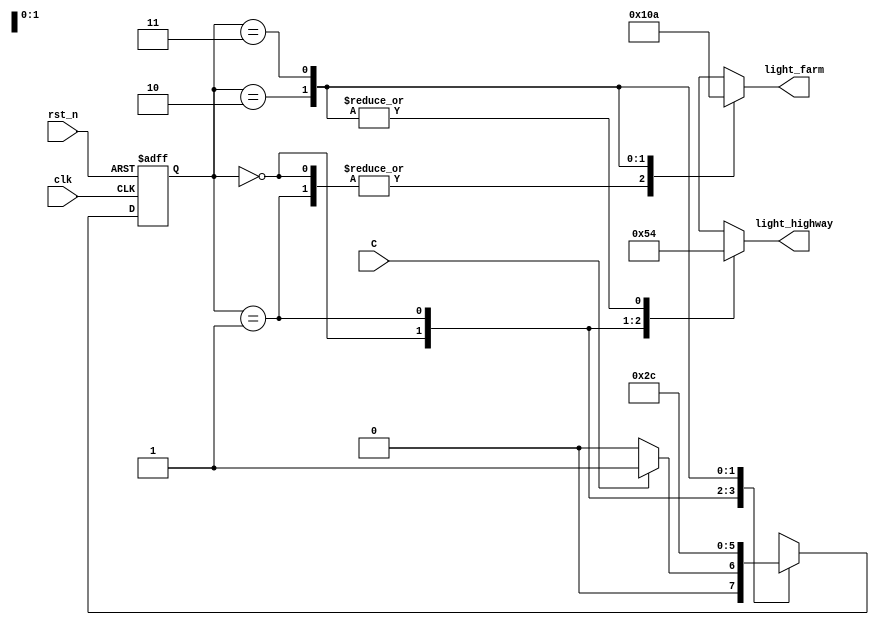
`timescale 1ns/1ps
//////////////////////////////////////////////////////////////////////////////////
// Company: 
// Engineer: 
// 
// Design Name:	   traffic_light
// Module Name:    /home/pes_tlc/pes_tlc.v 
// Project Name: 
// Target Devices: 
// Tool versions: 
// Description: 
//
// Dependencies: 
//
// Revision: 
// Revision 0.01 - File Created
// Additional Comments: 
//
//////////////////////////////////////////////////////////////////////////////////
// Verilog project: Verilog code for traffic light controller
module pes_tlc(light_highway, light_farm, C, clk, rst_n);

	parameter HGRE_FRED = 2'b00, // Highway green and farm red
		  HYEL_FRED = 2'b01,// Highway yellow and farm red
		  HRED_FGRE = 2'b10,// Highway red and farm green
		  HRED_FYEL = 2'b11;// Highway red and farm yellow
	input C, // sensor
   	clk, // clock = 50 MHz
   	rst_n; // reset active low

	output reg[2:0] light_highway, light_farm; // output of lights
	reg[1:0]  RED_count_en, YELLOW_count_en1, YELLOW_count_en2;
	reg[1:0] state, next_state;
	integer i;
// next state
	always @(posedge clk or negedge rst_n)
		begin
			if(~rst_n)
			begin
			RED_count_en<=0;YELLOW_count_en1<=0;YELLOW_count_en2<=0;
			 state <= 2'b00;
			end
			else 
			 state <= next_state; 
		end
// FSM
	always @(*)
		begin
			case(state)
				HGRE_FRED: 
					begin // Green on highway and red on farm way

					 RED_count_en <= 2'b01;
					 YELLOW_count_en1 <= 2'b00;
					 YELLOW_count_en2 <= 2'b00;
					 light_highway <= 3'b001;
					 light_farm <= 3'b100;
					 if(C) next_state <= HYEL_FRED; 
					 // if sensor detects vehicles on farm road, 

					 else next_state <= HGRE_FRED;
					end
				HYEL_FRED: 
					begin// yellow on highway and red on farm way

					RED_count_en <= 2'b00;
					YELLOW_count_en1 <= 2'b01;
					YELLOW_count_en2 <= 2'b00;					  
					light_highway <= 3'b010;
					light_farm <= 3'b100;
					next_state <= HRED_FGRE;

					end
				HRED_FGRE: 
					begin// red on highway and green on farm way
					
					RED_count_en <= 2'b01;
					YELLOW_count_en1 <= 2'b00;
					YELLOW_count_en2 <= 2'b00;					 
					light_highway <= 3'b100;
					light_farm <= 3'b001; 
					next_state <= HRED_FYEL;

					end
				HRED_FYEL:
					begin// red on highway and yellow on farm way

					RED_count_en <= 2'b00;
					YELLOW_count_en1 <= 2'b00;
					YELLOW_count_en2 <= 2'b01;					 
					light_highway <= 3'b100;
					light_farm <= 3'b010; 
					next_state <= HGRE_FRED;

					end
				default: next_state <= HGRE_FRED;
			endcase
		end

endmodule